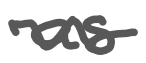
Text: as
Cross-out: wave
Writing tool: digital_gray